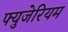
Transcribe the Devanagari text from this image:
फ्युजेरियम